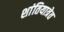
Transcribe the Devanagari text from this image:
शांतियात्रेत